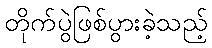
တိုက်ပွဲဖြစ်ပွားခဲ့သည့်